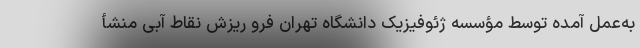
به‌عمل ‌آمده توسط مؤسسه ژئوفیزیک دانشگاه تهران فرو ریزش نقاط آبی منشأ